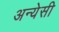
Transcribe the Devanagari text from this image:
अन्येसी